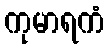
ကုမာရကံ